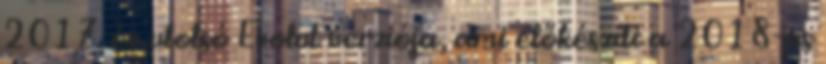
2017. év utolsó Evolut verziója, ami előkészíti a 2018-as